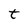
Character: t